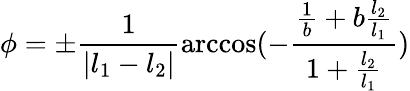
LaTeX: \phi=\pm\frac{1}{|l_{1}-l_{2}|}\operatorname{arccos}(-\frac{\frac{1}{b}+b\frac{l_{2}}{l_{1}}}{1+\frac{l_{2}}{l_{1}}})